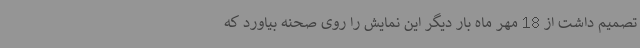
تصمیم داشت از 18 مهر ماه بار دیگر این نمایش را روی صحنه بیاورد که